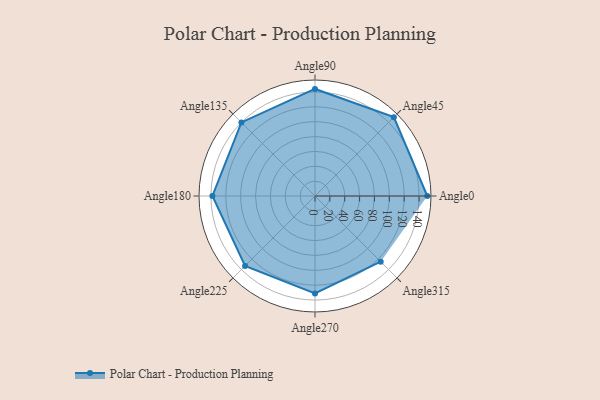
{"axis": {"x": "Angle", "y": "Radius"}, "legend": [""], "data": [{"x": "Angle0", "y": 151.0, "type": ""}, {"x": "Angle45", "y": 150.0, "type": ""}, {"x": "Angle90", "y": 144.0, "type": ""}, {"x": "Angle135", "y": 140.0, "type": ""}, {"x": "Angle180", "y": 138.0, "type": ""}, {"x": "Angle225", "y": 133.0, "type": ""}, {"x": "Angle270", "y": 131.0, "type": ""}, {"x": "Angle315", "y": 125.0, "type": ""}]}